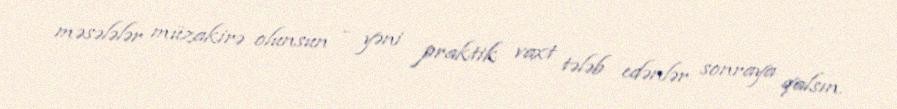
məsələlər müzakirə olunsun - yəni praktik vaxt tələb edənlər sonraya qalsın.